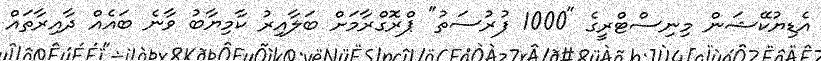
އެޑިޔުކޭޝަން މިނިސްޓްރީގެ "1000 ފުރުސަތު" ޕްރޮގްރާމަށް ބަލާއިރު ކާމިޔާބު ވާނެ ބައެއް ދާއިރާތައް